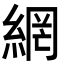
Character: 網